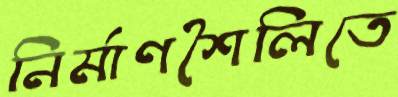
নির্মাণশৈলিতে